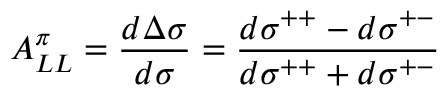
A _ { L L } ^ { \pi } = \frac { d \Delta \sigma } { d \sigma } = \frac { d \sigma ^ { + + } - d \sigma ^ { + - } } { d \sigma ^ { + + } + d \sigma ^ { + - } }